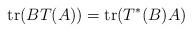
LaTeX: \begin{align*}\operatorname{tr}(BT(A))=\operatorname{tr}(T^*(B)A)\end{align*}